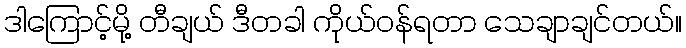
ဒါကြောင့်မို့ တီချယ် ဒီတခါ ကိုယ်ဝန်ရတာ သေချာချင်တယ်။